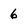
Character: 6